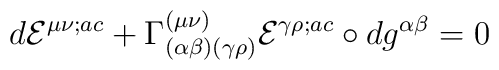
d{\cal E}^{\mu\nu;ac}+\Gamma^{(\mu\nu)}_{(\alpha\beta)(\gamma\rho)}{\cal E}^{\gamma\rho;ac}\circ dg^{\alpha\beta} =0